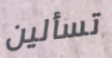
تسألين